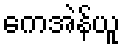
ကေအဲန်ယူ